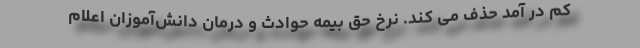
کم در آمد حذف می کند. نرخ حق بیمه حوادث و درمان دانش‌آموزان اعلام